Papaver somniferum - Opium : an extract from the sixth volume of the Dictionary of Economic Products of India
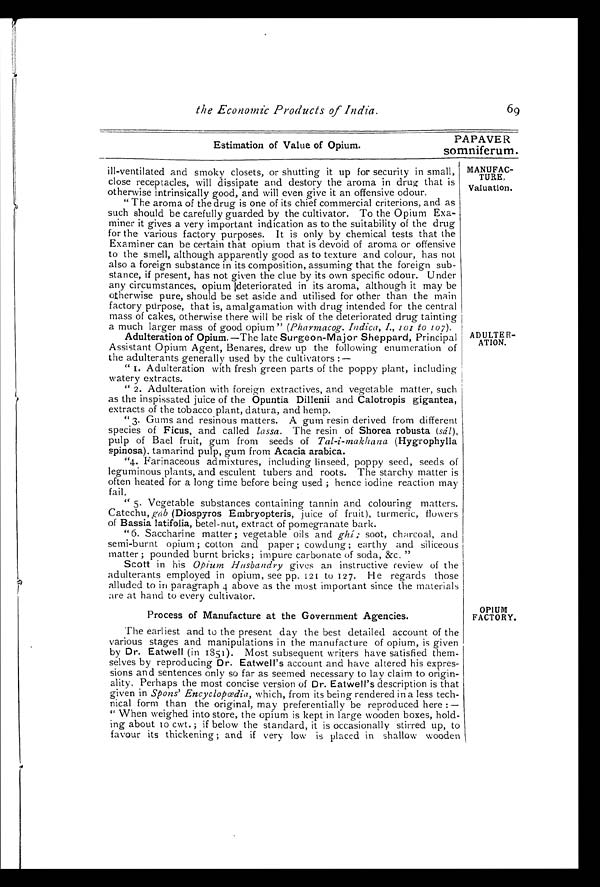
69
the Economic Products of India.
Estimation of Value of Opium.
PAPAVER
somniferum.
MANUFAC
-TURE.
Valuation.
ill-ventilated and smoky closets, or shutting it up for security in small,
close receptacles, will dissipate and destory the aroma in drug that is
otherwise intrinsically good, and will even give it an offensive odour.
" The aroma of the drug is one of its chief commercial criterions, and as
such should be carefully guarded by the cultivator. To the Opium Exa
-miner it gives a very important indication as to the suitability of the drug
for the various factory purposes. It is only by chemical tests that the
Examiner can be certain that opium that is devoid of aroma or offensive
to the smell, although apparently good as to texture and colour, has not
also a foreign substance in its composition, assuming that the foreign sub
-stance, if present, has not given the clue by its own specific odour. Under
any circumstances, opium deteriorated in its aroma, although it may be
otherwise pure, should be set aside and utilised for other than the main
factory purpose, that is, amalgamation with drug intended for the central
mass of cakes, otherwise there will be risk of the deteriorated drug tainting
a much larger mass of good opium " (Pharmacog. Indica. I., 101 to 107).
Adulteration of Opium.—The late Surgeon-Major Sheppard, Principal
Assistant Opium Agent, Benares, drew up the following enumeration of
the adulterants generally used by the cultivators :—
" 1. Adulteration with fresh green parts of the poppy plant, including
watery extracts.
" 2. Adulteration with foreign extractives, and vegetable matter, such
as the inspissated juice of the Opuntia Dillenii and Calotropis gigantea,
extracts of the tobacco plant, datura, and hemp.
" 3. Gums and resinous matters. A gum resin derived from different
species of Ficus, and called lassa. The resin of Shorea robusta (sál),
pulp of Bael fruit, gum from seeds of Tal-i-makhana (Hygrophylla
spinosa). tamarind pulp, gum from Acacia arabica.
"4. Farinaceous admixtures, including linseed, poppy seed, seeds of
leguminous plants, and esculent tubers and roots. The starchy matter is
often heated for a long time before being used ; hence iodine reaction may
fail.
" 5. Vegetable substances containing tannin and colouring matters.
Catechu, gáb (Diospyros Embryopteris, juice of fruit), turmeric, flowers
of Bassia latifolia, betel-nut, extract of pomegranate bark.
"6. Saccharine matter ; vegetable oils and ghí ; soot, charcoal, and
semi-burnt opium ; cotton and paper ; cowdung ; earthy and siliceous
matter ; pounded burnt bricks; impure carbonate of soda, &c."
Scott in his Opium Husbandry gives an instructive review of the
adulterants employed in opium, see pp. 121 to 127. He regards those
alluded to in paragraph 4 above as the most important since the materials
are at hand to every cultivator.
Process of Manufacture at the Government Agencies.
The earliest and to the present day the best detailed account of the
various stages and manipulations in the manufacture of opium, is given
by Dr. Eatwell (in 1851). Most subsequent writers have satisfied them
-selves by reproducing Dr. Eatwell's account and have altered his expres-
-sions and sentences only so far as seemed necessary to lay claim to origin
-ality. Perhaps the most concise version of Dr. Eatwell's description is that
given in Spons' Encyclopœdia, which, from its being rendered in a less tech
-nical form than the original, may preferentially be reproduced here :—
"When weighed into store, the opium is kept in large wooden boxes, hold--
ing about 10 cwt.; if below the standard, it is occasionally stirred up, to
favour its thickening ; and if very low is placed in shallow wooden
ADULTER
-ATION.
OPIUM
FACTORY.